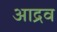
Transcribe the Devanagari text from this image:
आद्रव